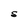
Character: S